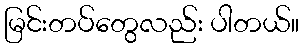
မြင်းတပ်တွေလည်း ပါတယ်။